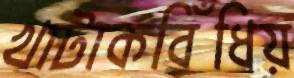
খাটাকবিঁধিয়